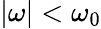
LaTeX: |\omega|<\omega_{0}